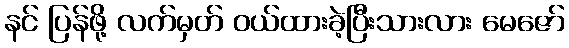
နင် ပြန်ဖို့ လက်မှတ် ဝယ်ထားခဲ့ပြီးသားလား မေဇော်